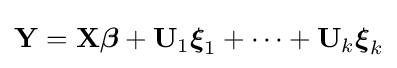
\mathbf {Y} =\mathbf {X} {\boldsymbol {\beta }}+\mathbf {U} _{1}{\boldsymbol {\xi }}_{1}+\cdots +\mathbf {U} _{k}{\boldsymbol {\xi }}_{k}